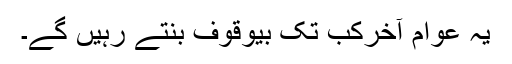
یہ عوام آخرکب تک بیوقوف بنتے رہیں گے۔